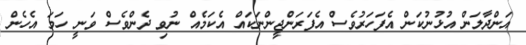
އަންދާލަން އުޅުނުކަން އެފަހަރުވެސް އެފަރަންޖީންނަކައް އެކަމެއް ނުވި ދެންވެސް ވަނީ ހަމަ އެހެން